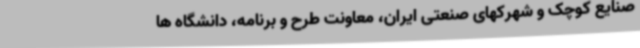
صنایع کوچک و شهرکهای صنعتی ایران، معاونت طرح و برنامه، دانشگاه ها